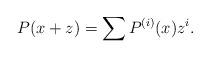
LaTeX: \begin{align*} P(x+z)=\sum P^{(i)}(x)z^i.\end{align*}